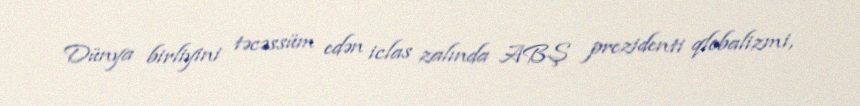
Dünya birliyini təcəssüm edən iclas zalında ABŞ prezidenti qlobalizmi,